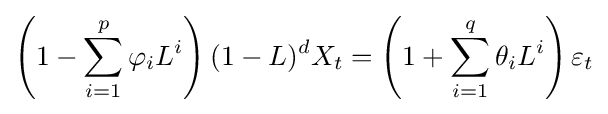
\left(1-\sum _{i=1}^{p}\varphi _{i}L^{i}\right)(1-L)^{d}X_{t}=\left(1+\sum _{i=1}^{q}\theta _{i}L^{i}\right)\varepsilon _{t}